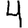
Digit: 4